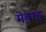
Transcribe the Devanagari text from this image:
मेवाङ्